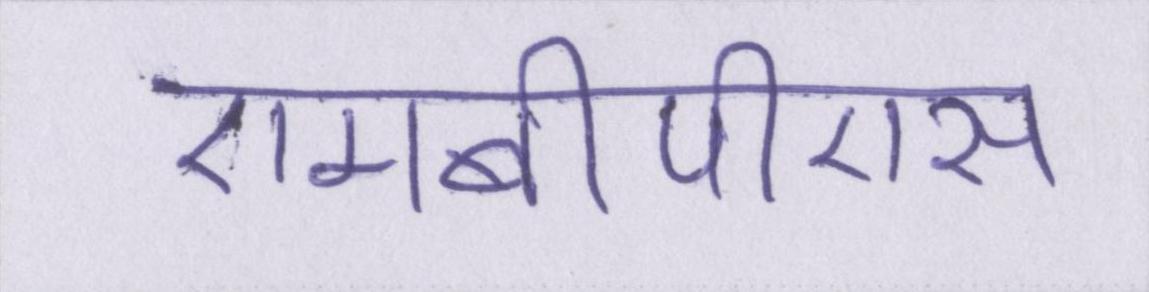
एमबीपीएस